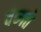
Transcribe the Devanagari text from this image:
वेब्गते